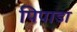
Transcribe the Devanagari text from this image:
पिपाडा